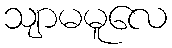
သျာမမူလေ